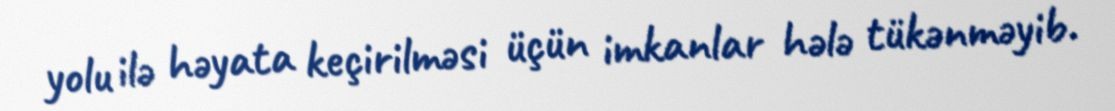
yolu ilə həyata keçirilməsi üçün imkanlar hələ tükənməyib.